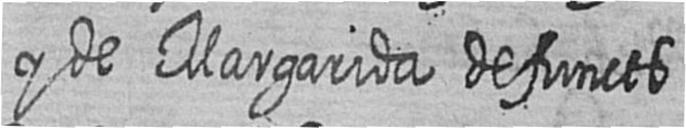
y de Margarida defuncts